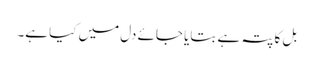
بل کا پتہ ہے بتایا جائے دل میں کیا ہے۔